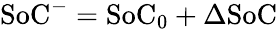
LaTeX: \mathrm{SoC}^{-}=\mathrm{SoC_{0}}+\Delta\mathrm{SoC}